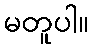
မတူပါ။